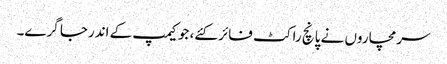
سرمچاروں نے پانچ راکٹ فائر کئے، جو کیمپ کے اندرجا گرے۔